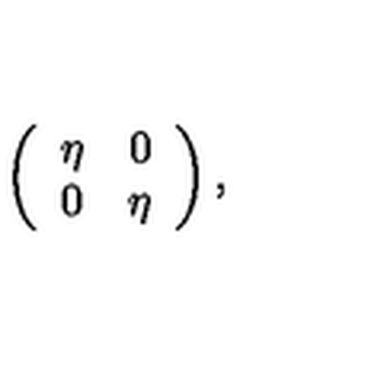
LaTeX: \left( \begin{array} { c c } { \eta } & { 0 } \\ { 0 } & { \eta } \\ \end{array} \right) ,